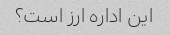
این اداره ارز است؟